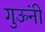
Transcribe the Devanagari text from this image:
गुऊंनी